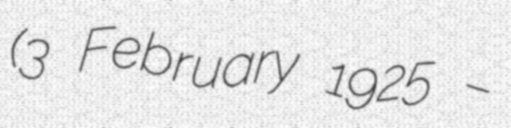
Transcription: (3 February 1925 –